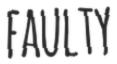
FAULTY